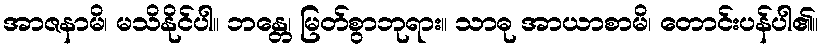
အာဇနာမိ၊ မသိနိုင်ပါ။ ဘန္တေ၊ မြတ်စွာဘုရား။ သာဓု အာယာစာမိ၊ တောင်းပန်ပါ၏။